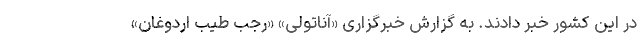
در این کشور خبر دادند. به گزارش خبرگزاری «آناتولی» «رجب طیب اردوغان»